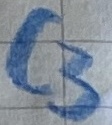
Text: C3